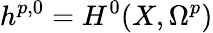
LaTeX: h^{p,0}=H^{0}(X,\Omega^{p})